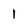
Character: I